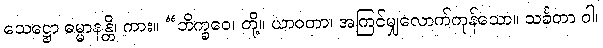
သေဋ္ဌော ဓမ္မာနန္တိ၊ ကား။ “ဘိက္ခဝေ၊ တို့။ ယာဝတာ၊ အကြင်မျှလောက်ကုန်သော။ သင်္ခတာ ဝါ၊